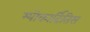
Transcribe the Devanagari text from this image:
म्योकार्दितिस